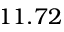
1 1 . 7 2